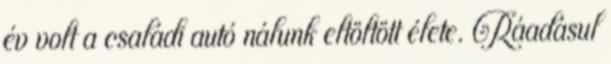
év volt a családi autó nálunk eltöltött élete. Ráadásul